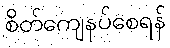
စိတ်ကျေနပ်စေရန်